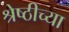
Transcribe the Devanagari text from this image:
श्रेष्ठीच्या